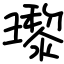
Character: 瓈